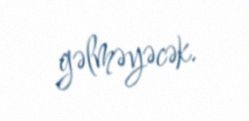
gəlməyəcək.